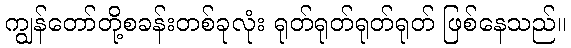
ကျွန်တော်တို့စခန်းတစ်ခုလုံး ရုတ်ရုတ်ရုတ်ရုတ် ဖြစ်နေသည်။